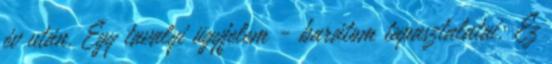
év után. Egy tavalyi ügyfelem - barátom tapasztalatai: Ez